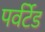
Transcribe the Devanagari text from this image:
पर्वर्टेड